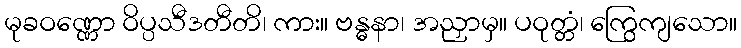
မုခဝဏ္ဏော ဝိပ္ပသီဒတီတိ၊ ကား။ ဗန္ဓနာ၊ အညှာမှ။ ပဝုတ္တံ၊ ကြွေကျသော။